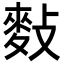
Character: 𪌏